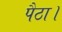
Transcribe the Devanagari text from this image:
पैठा।